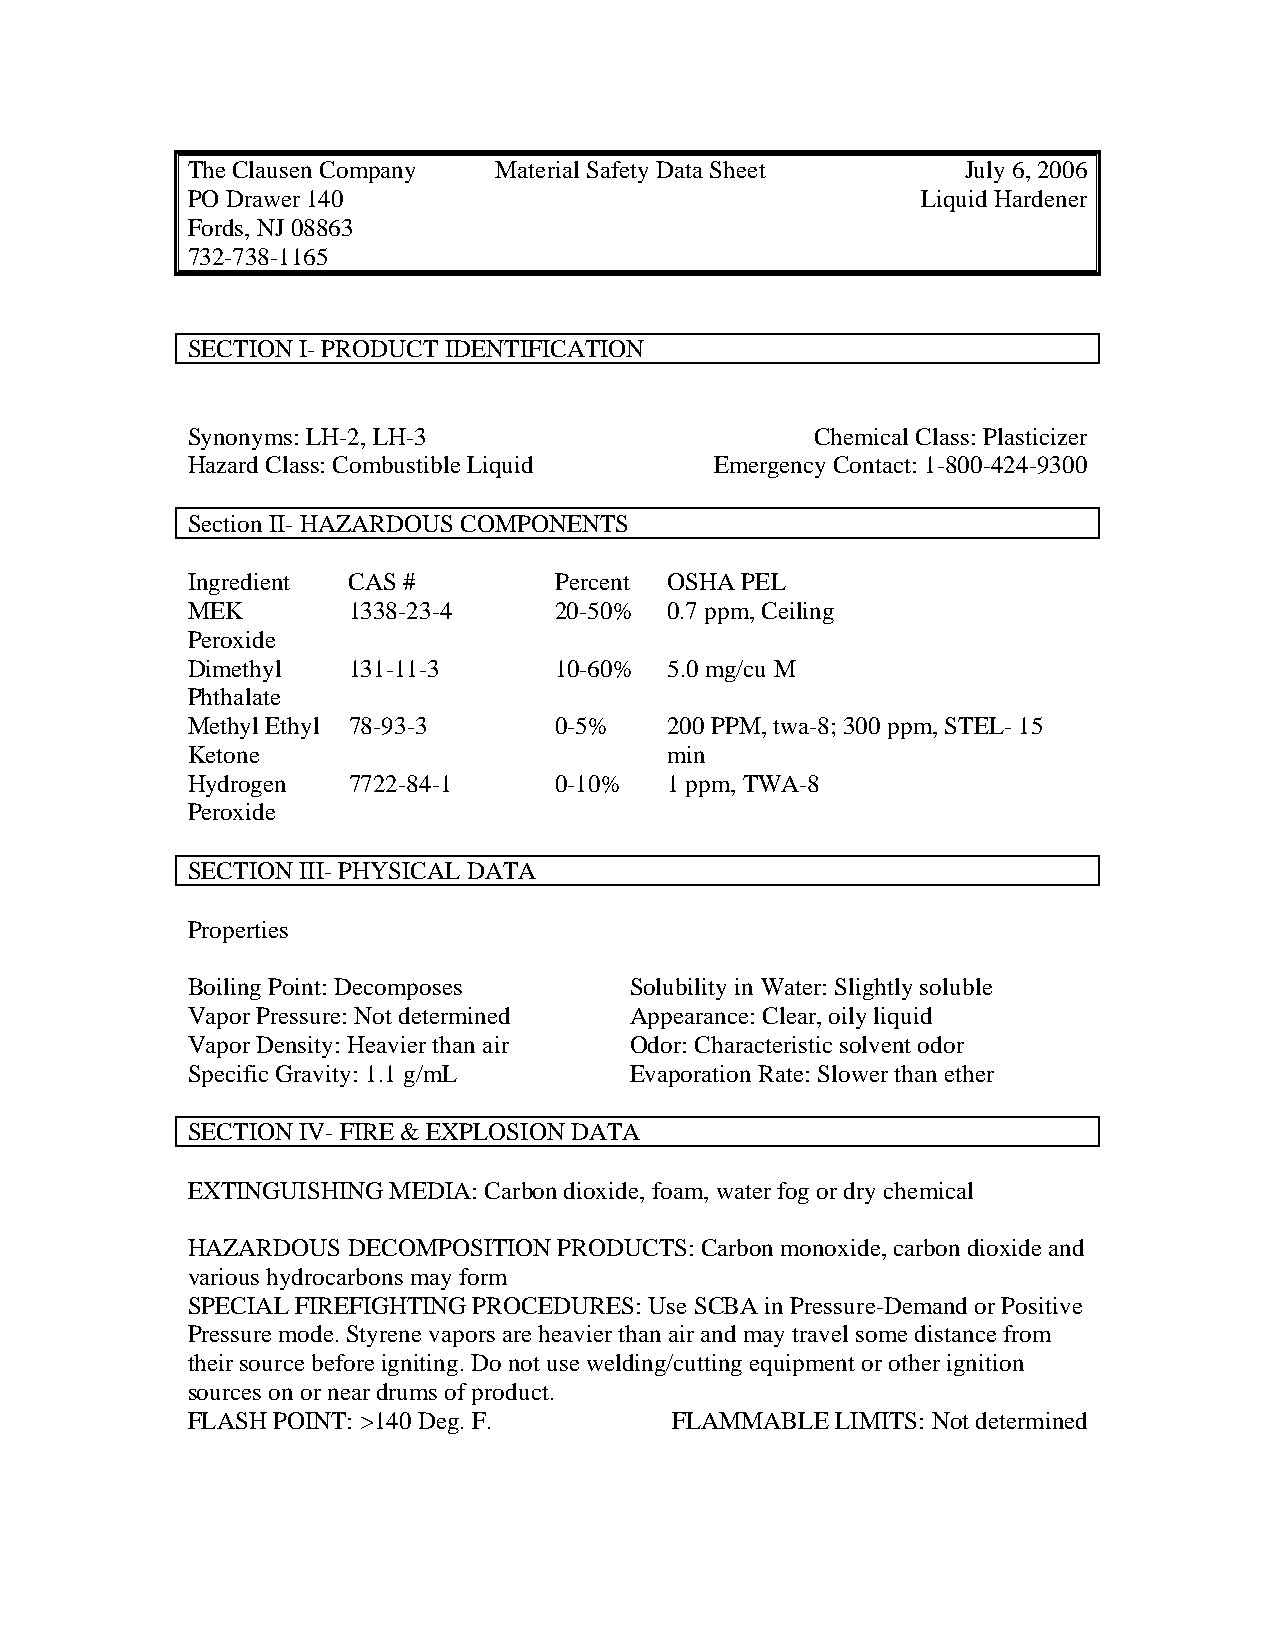
The Clausen Company  Material Safety Data Sheet     July 6, 2006
 PO Drawer 140                                    Liquid Hardener
 Fords, NJ 08863
 732-738-1165
 SECTION I- PRODUCT IDENTIFICATION
 Synonyms: LH-2, LH-3                      Chemical Class: Plasticizer
 Hazard Class: Combustible Liquid   Emergency Contact: 1-800-424-9300
 Section II- HAZARDOUS COMPONENTS
 Ingredient CAS #         Percent OSHA PEL
 MEK        1338-23-4     20-50% 0.7 ppm, Ceiling
 Peroxide
 Dimethyl   131-11-3      10-60% 5.0 mg/cu M
 Phthalate
 Methyl Ethyl 78-93-3     0-5%   200 PPM, twa-8; 300 ppm, STEL- 15
 Ketone                          min
 Hydrogen   7722-84-1     0-10%  1 ppm, TWA-8
 Peroxide
 SECTION III- PHYSICAL DATA
 Properties
 Boiling Point: Decomposes     Solubility in Water: Slightly soluble
 Vapor Pressure: Not determined Appearance: Clear, oily liquid
 Vapor Density: Heavier than air Odor: Characteristic solvent odor
 Specific Gravity: 1.1 g/mL    Evaporation Rate: Slower than ether
 SECTION IV- FIRE & EXPLOSION DATA
 EXTINGUISHING MEDIA: Carbon dioxide, foam, water fog or dry chemical
 HAZARDOUS  DECOMPOSITION PRODUCTS: Carbon monoxide, carbon dioxide and
 various hydrocarbons may form
 SPECIAL FIREFIGHTING PROCEDURES: Use SCBA in Pressure-Demand or Positive
 Pressure mode. Styrene vapors are heavier than air and may travel some distance from
 their source before igniting. Do not use welding/cutting equipment or other ignition
 sources on or near drums of product.
 FLASH POINT: >140 Deg. F.       FLAMMABLE  LIMITS: Not determined